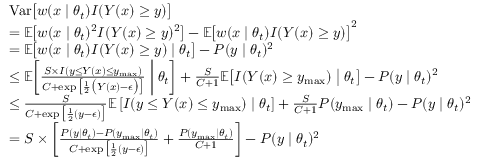
\begin{array} { r l } & { \mathrm { \mathop { V a r } } \big [ w ( x \mid \theta _ { t } ) I ( Y ( x ) \ge y ) \big ] } \\ & { = \mathbb { E } \big [ w ( x \mid \theta _ { t } ) ^ { 2 } I ( Y ( x ) \ge y ) ^ { 2 } \big ] - \mathbb { E } \big [ w ( x \mid \theta _ { t } ) I ( Y ( x ) \ge y ) \big ] ^ { 2 } } \\ & { = \mathbb { E } \big [ w ( x \mid \theta _ { t } ) I ( Y ( x ) \ge y ) \mid \theta _ { t } \big ] - P ( y \mid \theta _ { t } ) ^ { 2 } } \\ & { \le \mathbb { E } \biggl [ \frac { S \times I ( y \le Y ( x ) \le y _ { \mathrm { m a x } } ) } { C + \exp \big [ \frac { 1 } { 2 } \big ( Y ( x ) - \epsilon \big ) \big ] } \biggm | \theta _ { t } \biggr ] + \frac { S } { C + 1 } \mathbb { E } \bigl [ I ( Y ( x ) \ge y _ { \mathrm { m a x } } ) \bigm | \theta _ { t } \bigr ] - P ( y \mid \theta _ { t } ) ^ { 2 } } \\ & { \le \frac { S } { C + \exp \big [ \frac { 1 } { 2 } ( y - \epsilon ) \big ] } \mathbb { E } \left[ I ( y \le Y ( x ) \le y _ { \mathrm { m a x } } ) \mid \theta _ { t } \right] + \frac { S } { C + 1 } P ( y _ { \mathrm { m a x } } \mid \theta _ { t } ) - P ( y \mid \theta _ { t } ) ^ { 2 } } \\ & { = S \times \left[ \frac { P ( y \mid \theta _ { t } ) - P ( y _ { \mathrm { m a x } } \mid \theta _ { t } ) } { C + \exp \big [ \frac { 1 } { 2 } ( y - \epsilon ) \big ] } + \frac { P ( y _ { \mathrm { m a x } } \mid \theta _ { t } ) } { C + 1 } \right] - P ( y \mid \theta _ { t } ) ^ { 2 } } \end{array}